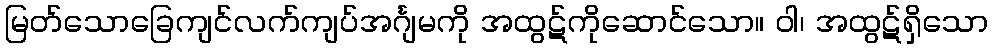
မြတ်သောခြေကျင်လက်ကျပ်အင်္ဂျမကို အထွဋ်ကိုဆောင်သော။ ဝါ၊ အထွဋ်ရှိသော